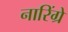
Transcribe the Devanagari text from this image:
नारिंग्रे